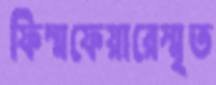
ফিল্মফেয়ারেস্মৃত